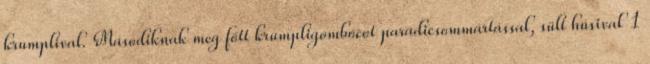
krumplival. Másodiknak meg főtt krumpligombócot paradicsommártással, sült húsival 1